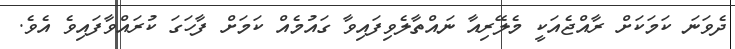
ދެވަނަ ކަމަކަށް ރާއްޖެއަކީ މެލޭރިއާ ނައްތާލެވިފައިވާ ގައުމެއް ކަމަށް ފާހަގަ ކުރައްވާފައިވެ އެވެ.